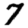
Digit: 7